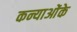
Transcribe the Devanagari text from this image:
कन्याओंके